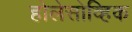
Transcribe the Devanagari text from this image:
होलेसोव्हिक